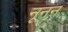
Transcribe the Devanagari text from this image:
नूनन